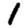
Digit: 1